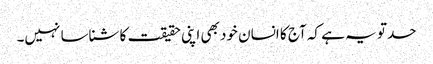
حد تو یہ ہے کہ آج کا انسان خود بھی اپنی حقیقت کا شناسا نہیں۔